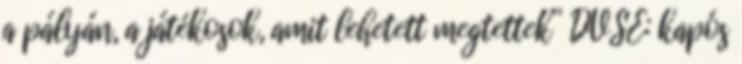
a pályán, a játékosok, amit lehetett megtettek” DVSE: kapós